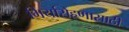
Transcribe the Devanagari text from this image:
गिर्यारोहणासाठी